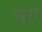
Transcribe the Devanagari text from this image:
व्‍यूरो